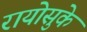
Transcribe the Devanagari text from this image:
रायोसुके